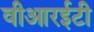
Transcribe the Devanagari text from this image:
वीआरईटी